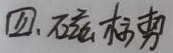
四、磁标势